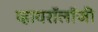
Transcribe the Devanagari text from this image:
व्हायरॉलॉजी